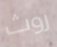
روث